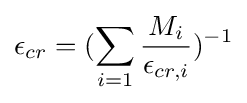
\epsilon _{cr}=(\sum _{i=1}{\frac {M_{i}}{\epsilon _{cr,i}}})^{-1}